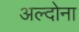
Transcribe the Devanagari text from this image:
अल्दोना